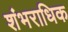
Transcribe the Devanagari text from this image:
शंभराधिक